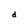
Character: d